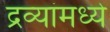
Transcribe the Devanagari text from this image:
द्रव्यांमध्ये